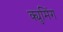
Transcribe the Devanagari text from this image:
क्युमिंग